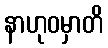
နာဟုဝမှာတိ